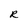
Character: R